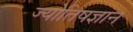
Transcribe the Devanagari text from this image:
ज्योतिषज्ञान